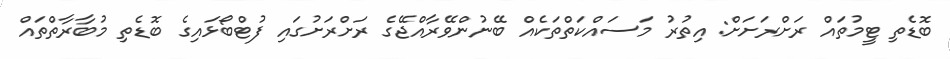
ބޮޑެތި ޓީމުތައް ރަށްރަށަށް: އިތުރު މަސައްކަތްތަކެއް ބޭނުންވޭރާއްޖޭގެ ރަށްރަށުގައި ފުޓްބޯޅައިގެ ބޮޑެތި މުބާރާތްތައް